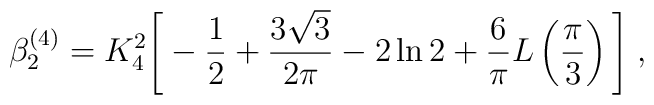
\beta^{(4)}_2  =   K_4^2 \Bigg[  - \frac{1}{2} + \frac{3 \sqrt{3}}{2 \pi}  - 2 \ln 2  + \frac{6}{\pi} L \left( \frac{\pi}{3} \right) \Bigg]  \; ,